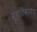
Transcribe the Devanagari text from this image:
मृत्तिकामय